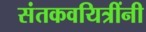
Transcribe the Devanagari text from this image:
संतकवयित्रींनी